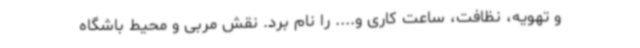
و تهویه، نظافت، ساعت کاری و.... را نام برد. نقش مربی و محیط باشگاه